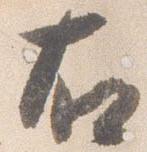
右